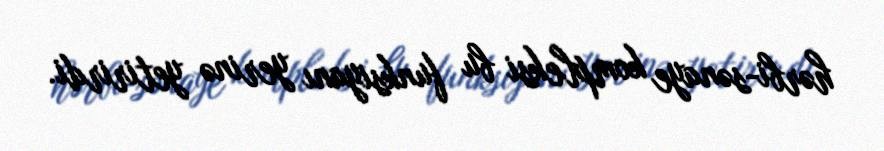
hərbi-sənaye kompleksi bu funksiyanı yerinə yetirirdi.